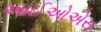
આઈઓએસ